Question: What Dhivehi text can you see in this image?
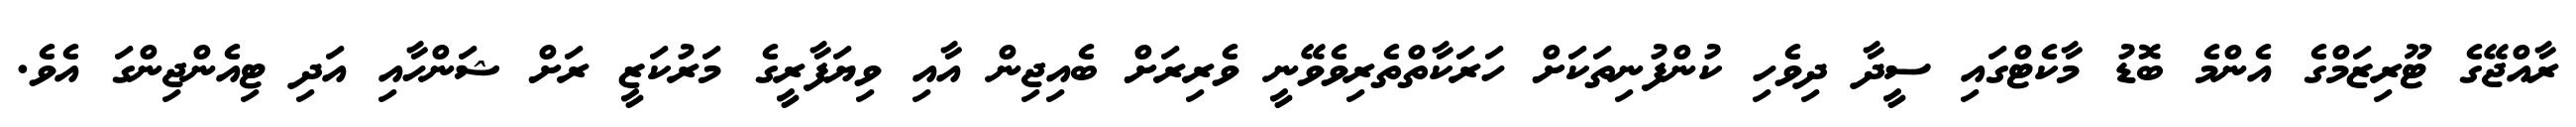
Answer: ރާއްޖޭގެ ޓޫރިޒަމްގެ އެންމެ ބޮޑު މާކެޓްގައި ސީދާ ދިވެހި ކުންފުނިތަކަށް ހަރަކާތްތެރިވެވޭނީ ވެރިރަށް ބެއިޖިން އާއި ވިޔަފާރީގެ މަރުކަޒީ ރަށް ޝަންހާއި އަދި ޓިއެންޖިންގަ އެވެ.